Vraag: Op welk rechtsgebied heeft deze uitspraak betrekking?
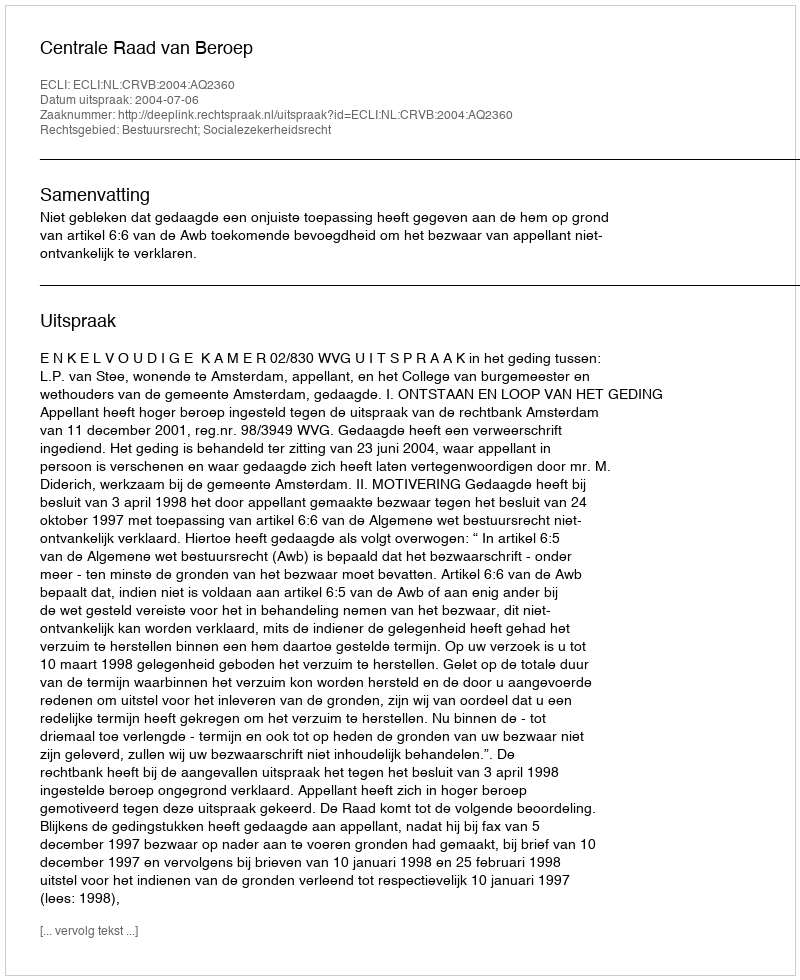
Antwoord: Bestuursrecht; Socialezekerheidsrecht